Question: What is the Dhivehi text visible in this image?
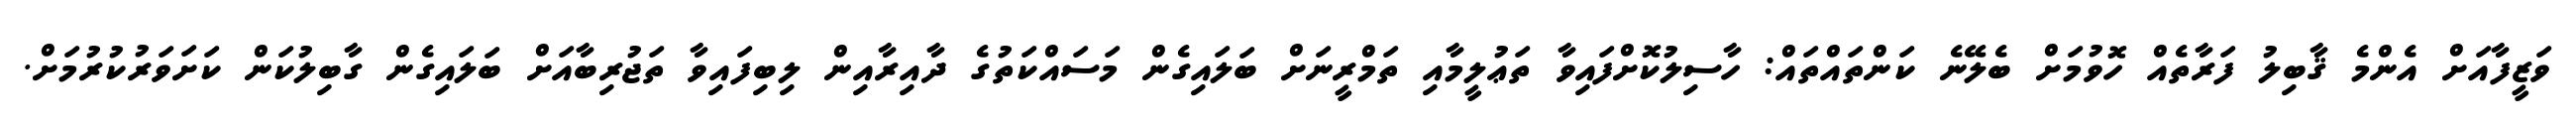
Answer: ވަޒީފާއަށް އެންމެ ޤާބިލު ފަރާތެއް ހޮވުމަށް ބެލޭނެ ކަންތައްތައް: ހާސިލުކޮށްފައިވާ ތަޢުލީމާއި ތަމްރީނަށް ބަލައިގެން މަސައްކަތުގެ ދާއިރާއިން ލިބިފައިވާ ތަޖުރިބާއަށް ބަލައިގެން ގާބިލުކަން ކަށަވަރުކުރުމަށް.